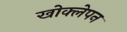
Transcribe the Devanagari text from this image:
खोक्लेपन